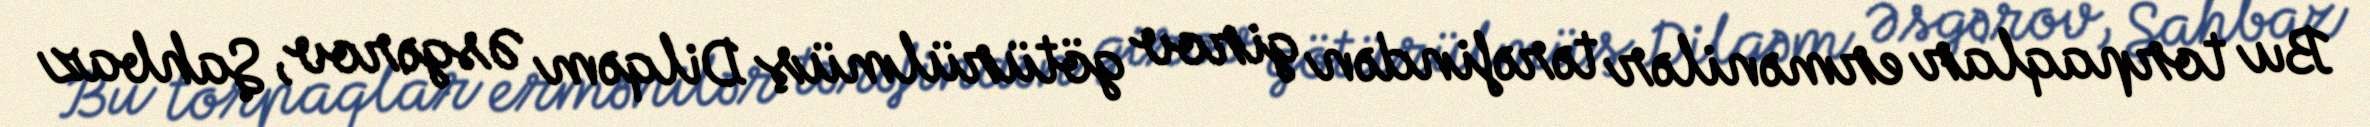
Bu torpaqlar ermənilər tərəfindən girov götürülmüş Dilqəm Əsgərov, Şahbaz